Annual report on the Civil Veterinary Department, Burma (including the Insein Veterinary School) - 1932-1941
Year: 1932
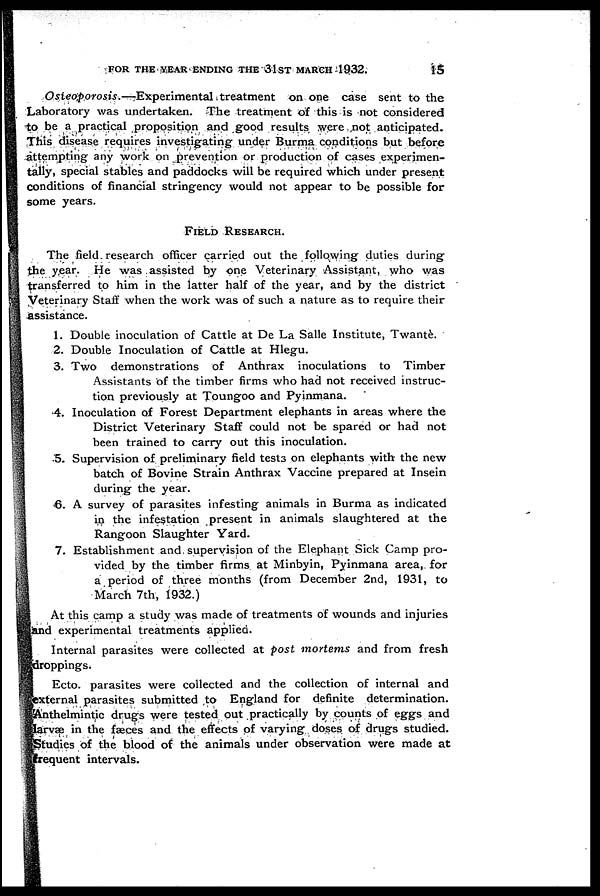
FOR THE YEAR ENDING THE 31ST MARCH 1932.
15
Osteoporosis.—Experimental
treatment on one case sent to the
Laboratory was undertaken. The treatment of this is not considered
to be a practical proposition and good results were not anticipated.
This disease requires investigating under Burma conditions but before
attempting any work on prevention or production of cases experimen-
tally, special stables and paddocks will be required which under present
conditions of financial stringency would not appear to be possible for
some years.
FIELD RESEARCH.
The field research officer carried out the following duties during
the year. He was assisted by one Veterinary Assistant, who was
transferred to him in the latter half of the year, and by the district
Veterinary Staff when the work was of such a nature as to require their
assistance.
1. Double inoculation of Cattle at De La Salle Institute, Twante.
2. Double Inoculation of Cattle at Hlegu.
3. Two demonstrations of Anthrax inoculations to Timber
Assistants of the timber firms who had not received instruc-
tion previously at Toungoo and Pyinmana.
4. Inoculation of Forest Department elephants in areas where the
District Veterinary Staff could not be spared or had not
been trained to carry out this inoculation.
5. Supervision of preliminary field tests on elephants with the new
batch of Bovine Strain Anthrax Vaccine prepared at Insein
during the year.
6. A survey of parasites infesting animals in Burma as indicated
in the infestation present in animals slaughtered at the
Rangoon Slaughter Yard.
7. Establishment and supervision of the Elephant Sick Camp pro-
vided by the timber firms at Minbyin, Pyinmana area, for
a period of three months (from December 2nd, 1931, to
March 7th, 1932.)
At this camp a study was made of treatments of wounds and injuries
and experimental treatments applied.
Internal parasites were collected at post mortems and from fresh
droppings.
Ecto. parasites were collected and the collection of internal and
external parasites submitted to England for definite determination.
Anthelmintic drugs were tested out practically by counts of eggs and
larvæ in the fæces and the effects of varying doses of drugs studied.
Studies of the blood of the animals under observation were made at
frequent intervals.